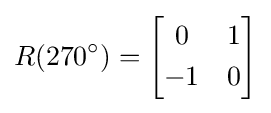
R(270^{\circ })={\begin{bmatrix}0&1\\[3pt]-1&0\\\end{bmatrix}}